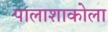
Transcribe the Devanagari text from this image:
पालाशाकोला